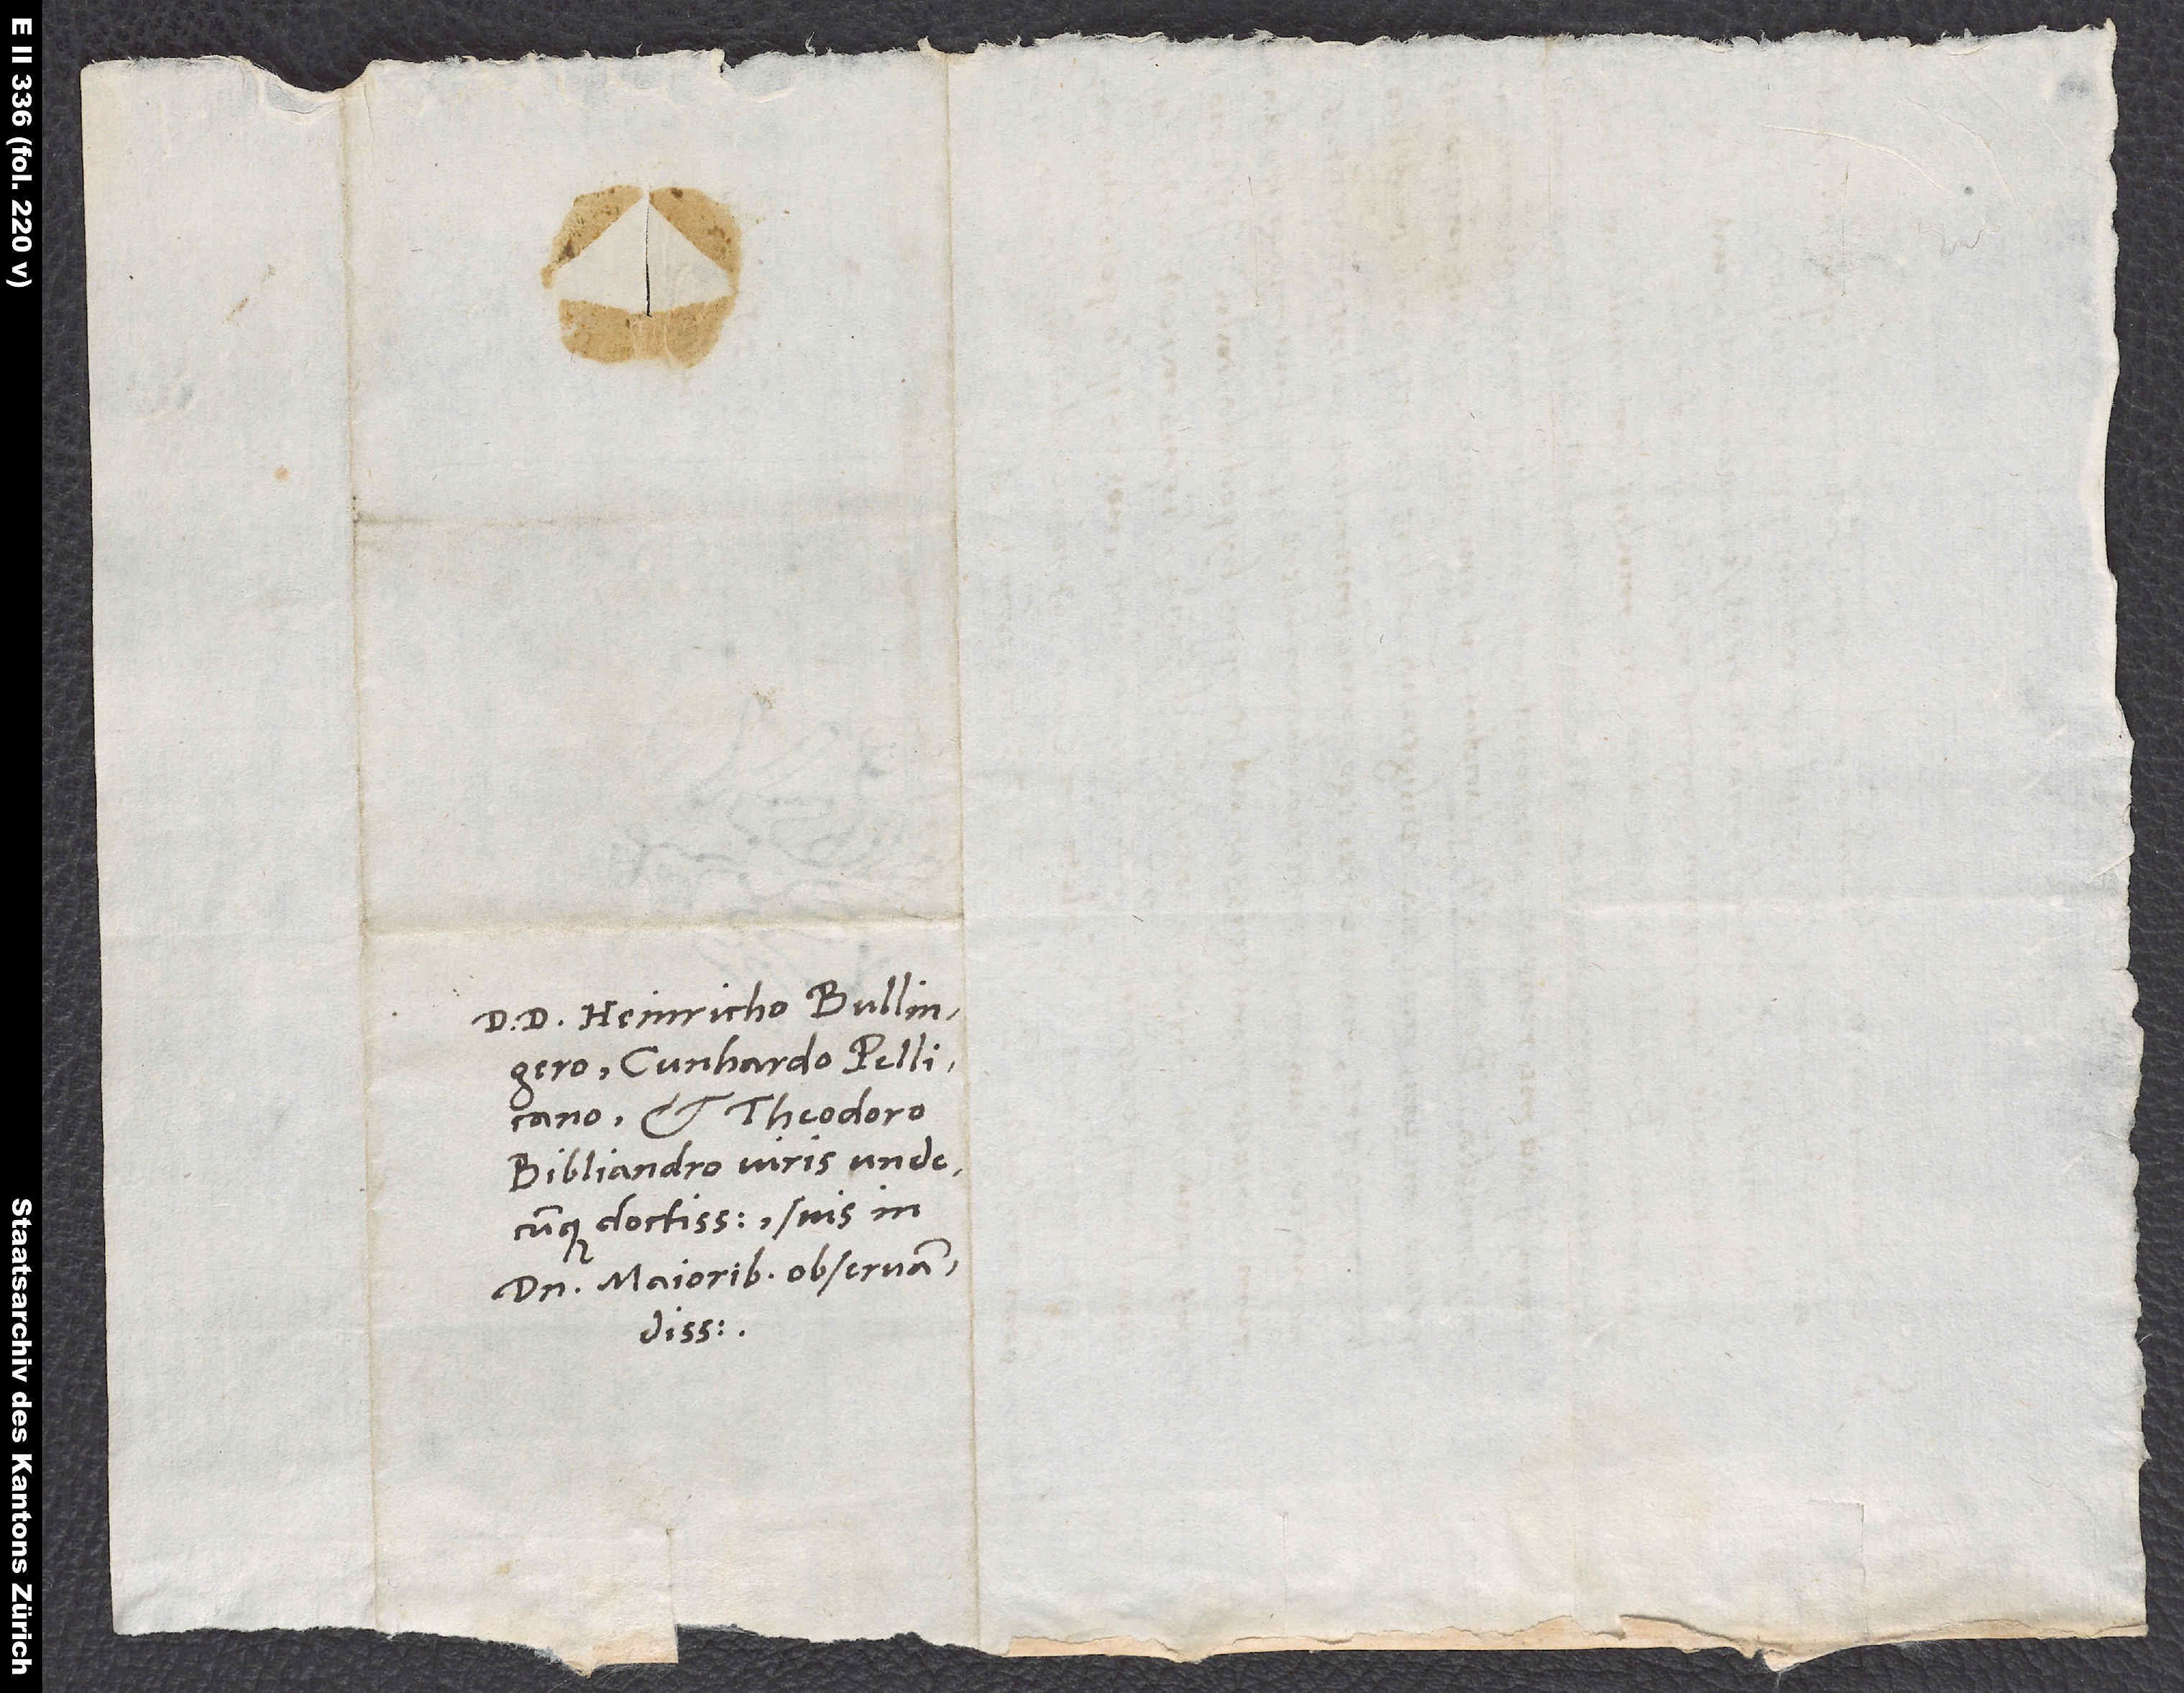
S.

D. d. Heinricho Bullingero,
Cunhardo Pellicano
et Theodoro
Bibliandro, viris undecunque
doctissimis, suis in
domino maioribus observandissimis.
d.